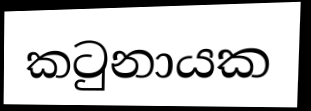
කටුනායක